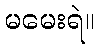
မမေးရဲ။